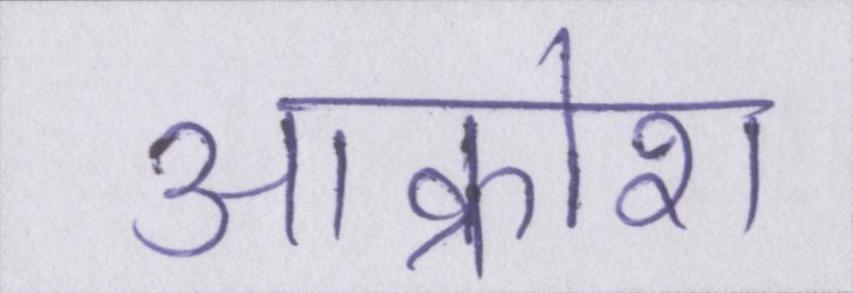
आक्रोश